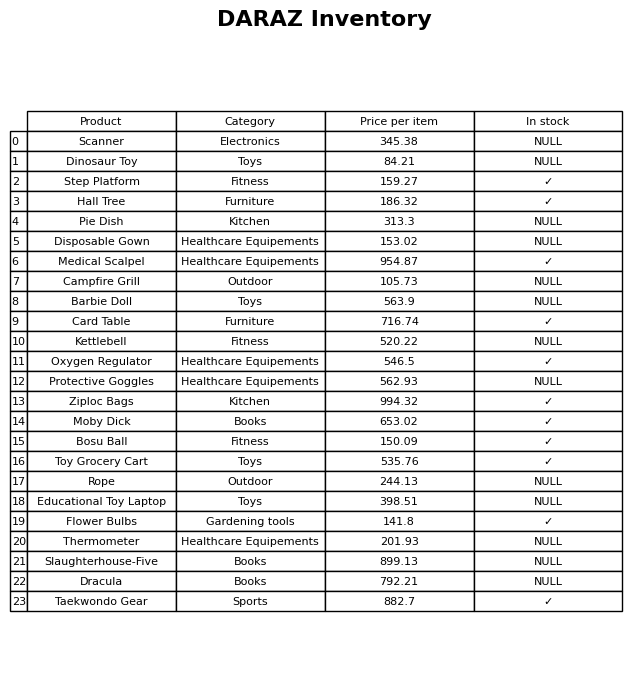
question: Which products are currently out of stock?
answer: Scanner, Dinosaur Toy, Pie Dish, Disposable Gown, Campfire Grill, Barbie Doll, Kettlebell, Protective Goggles, Rope, Educational Toy Laptop, Thermometer, Slaughterhouse-Five, Dracula